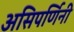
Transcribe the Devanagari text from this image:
असिपर्णिनी